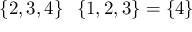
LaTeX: \{ 2 , 3 , 4 \} \setminus \{ 1 , 2 , 3 \} = \{ 4 \}